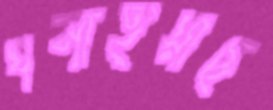
ঘনাইয়াছ